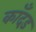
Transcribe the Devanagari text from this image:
काँदड़